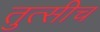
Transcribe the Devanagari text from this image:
तुत्‍सीच